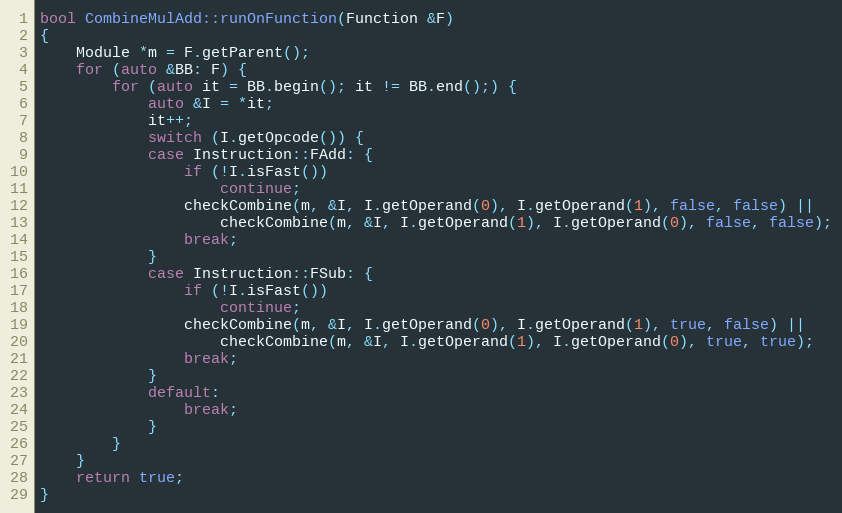
Language: C++
bool CombineMulAdd::runOnFunction(Function &F)
{
    Module *m = F.getParent();
    for (auto &BB: F) {
        for (auto it = BB.begin(); it != BB.end();) {
            auto &I = *it;
            it++;
            switch (I.getOpcode()) {
            case Instruction::FAdd: {
                if (!I.isFast())
                    continue;
                checkCombine(m, &I, I.getOperand(0), I.getOperand(1), false, false) ||
                    checkCombine(m, &I, I.getOperand(1), I.getOperand(0), false, false);
                break;
            }
            case Instruction::FSub: {
                if (!I.isFast())
                    continue;
                checkCombine(m, &I, I.getOperand(0), I.getOperand(1), true, false) ||
                    checkCombine(m, &I, I.getOperand(1), I.getOperand(0), true, true);
                break;
            }
            default:
                break;
            }
        }
    }
    return true;
}